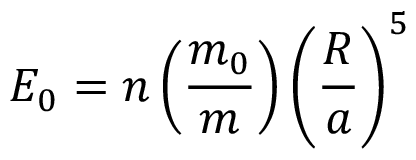
{ \cal E } _ { 0 } = n \left( \frac { m _ { 0 } } { m } \right) \left( \frac { R } { a } \right) ^ { 5 }